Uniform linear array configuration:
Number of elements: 32
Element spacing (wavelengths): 0.5
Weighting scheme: uniform
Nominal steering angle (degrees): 15
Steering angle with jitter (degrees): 13.789
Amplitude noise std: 0.05
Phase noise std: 0.05

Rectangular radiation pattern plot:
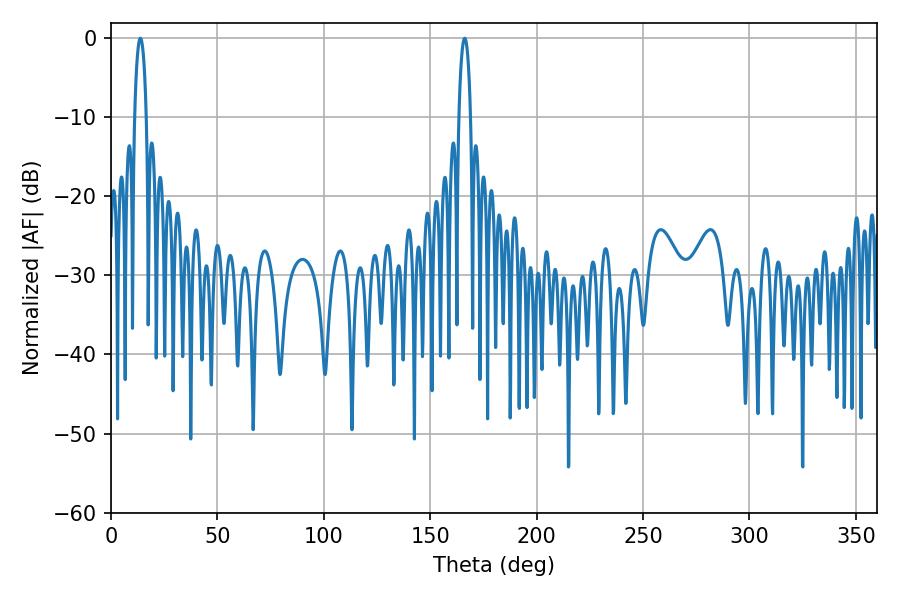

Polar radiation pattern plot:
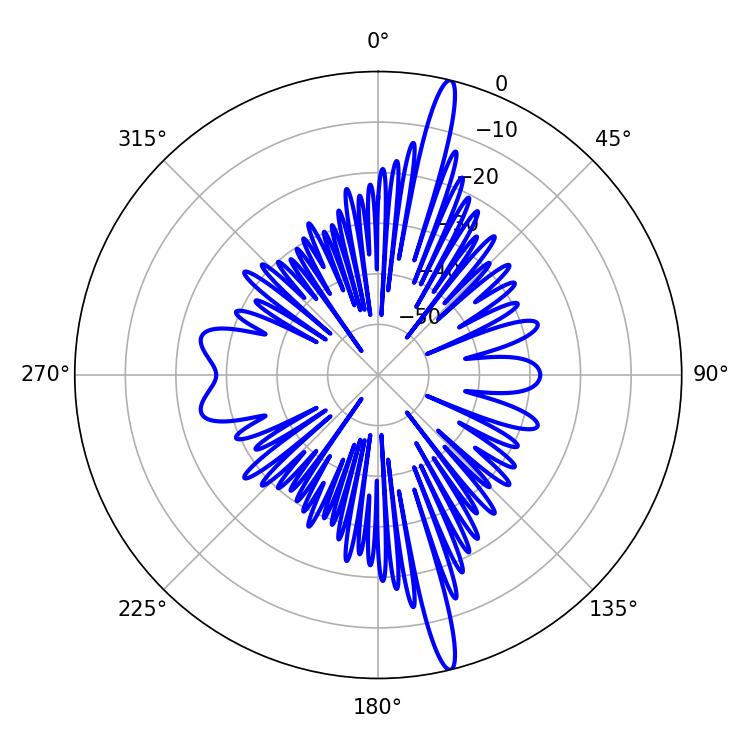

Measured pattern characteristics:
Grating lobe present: FALSE
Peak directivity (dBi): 18.332
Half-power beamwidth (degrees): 3.06
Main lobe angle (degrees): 166.14